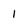
Character: 1